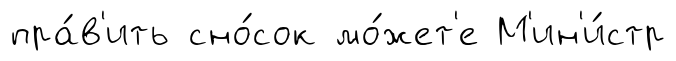
пра́в'ить сно́сок мо́жет'е М'ин'и́стр